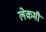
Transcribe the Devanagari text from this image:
लेकमी